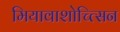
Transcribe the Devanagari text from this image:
मियावाशोच्त्सिन